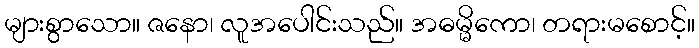
များစွာသော။ ဇနော၊ လူအပေါင်းသည်။ အဓမ္မိကော၊ တရားမစောင့်။